Civil Veterinary Dept. Assam report 1927-50 - 1927-1950
Year: 1927
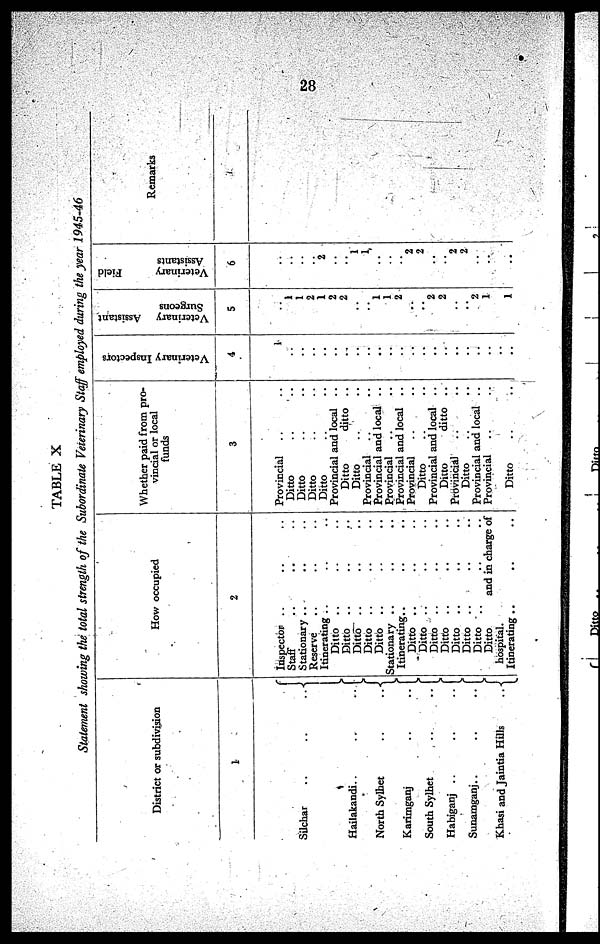
28
TABLE X
Statement showing the total strength of the Subordinate Veterinary Staff employed during the year
1945-46
District or subdivision
1
Silchar
..
..
..
Hailakandi..
..
..
North Sylhet
..
..
Karimganj .. ..
South Sylhet .. ..
Habiganj .. .. ..
Sunamganj.. .. ..
Khasi and Jaintia Hills
..
How occupied
2
Inspector .. .. ..
Staff .. .. ..
Stationary .. .. ..
Reserve .. .. ..
Itinerating .. .. ..
Ditto .. .. ..
Ditto .. .. ..
Ditto .. .. ..
Ditto .. .. ..
Ditto .. .. ..
Stationary .. .. ..
Itinerating.. .. ..
Ditto .. .. ..
Ditto .. .. ..
Ditto .. .. ..
Ditto .. .. ..
Ditto .. .. ..
Ditto .. .. ..
Ditto .. .. ..
Ditto
and in charge of
hospital.
Itinerating .. .. ..
Whether paid from pro-
vincial or local
funds
3
Provincial .. ..
Ditto .. ..
Ditto .. ..
Ditto .. ..
Ditto .. ..
Provincial and local ..
Ditto
ditto ..
Ditto .. ..
Provincial .. ..
Provincial and local ..
Provincial .. ..
Provincial and local ..
Provincial .. ..
Ditto .. ..
Provincial and local ..
Ditto
ditto ..
Provincial .. ..
Ditto .. ..
Provincial and local ..
Provincial .. ..
Ditto .. ..
Veterinary Inspectors
i
4
1
..
..
..
..
..
..
..
..
..
..
..
..
..
..
..
..
..
..
..
..
..
Veterinary
Assistant
Surgeons
5
..
1
1
2
1
2
2
..
..
1
1
2
..
..
2
2
..
..
2 1
1
Veterinary
Field
Assistants
6
..
..
..
..
2
..
..
1
1
..
..
..
2 2
..
..
2 2
..
..
..
Remarks